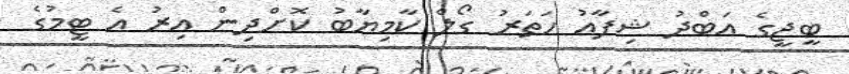
ބީޖީގެ އަބްދު ޝިފާއު ހަތަރު ގޯލް ކާމިޔާބު ކޮށްދިން އިރު އެ ޓީމުގެ